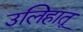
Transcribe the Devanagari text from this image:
उलिहातू